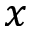
x